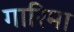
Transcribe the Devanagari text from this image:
गारिमा